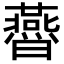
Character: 㬫